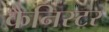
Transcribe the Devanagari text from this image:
कैनिस्टर